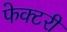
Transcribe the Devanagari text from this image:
फेक्टरी